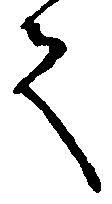
て